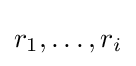
r_{1},\ldots ,r_{i}